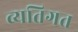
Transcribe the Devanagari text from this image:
व्‍यतिगत